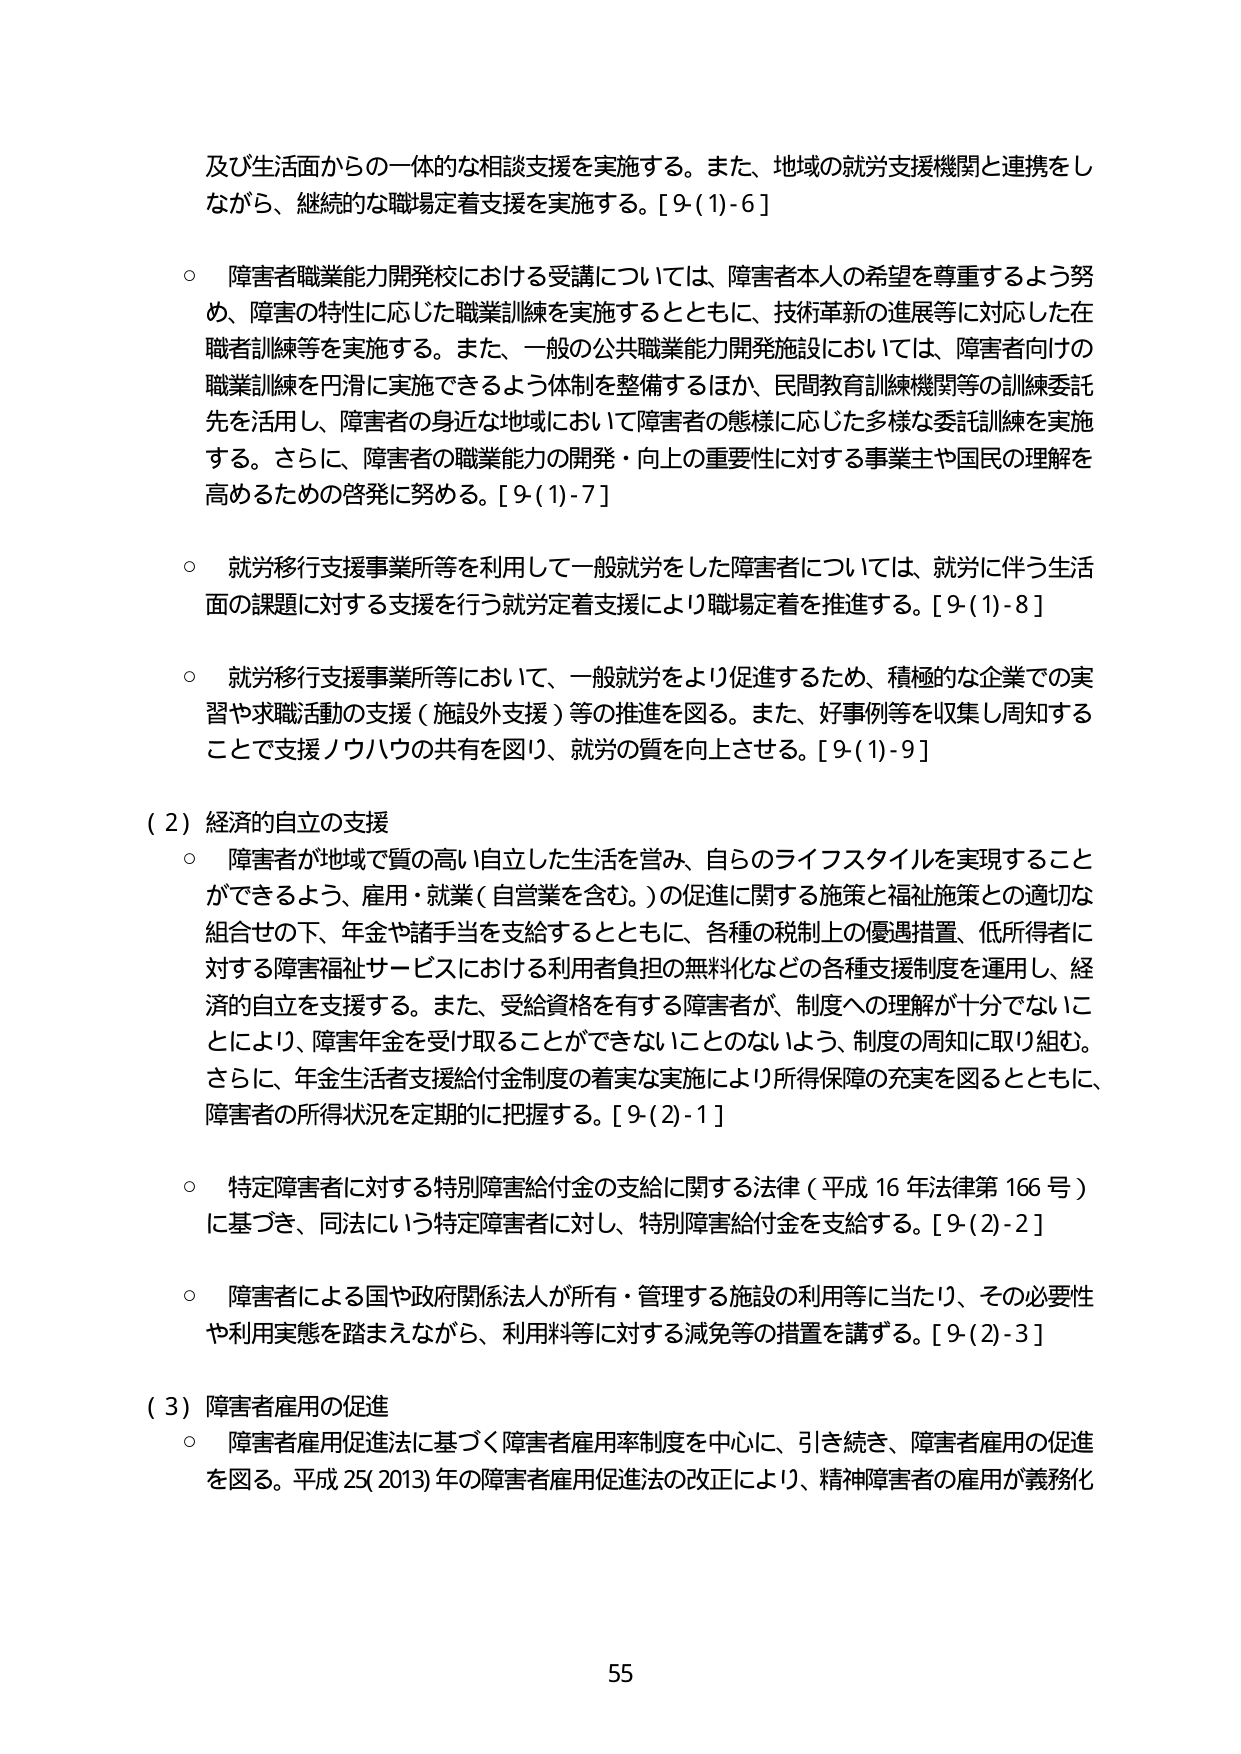
及び生活面からの一体的な相談支援を実施する。また、地域の就労支援機関と連携をしながら、継続的な職場定着支援を実施する。[9-(1)-6]

○ 障害者職業能力開発校における受講については、障害者本人の希望を尊重するよう努め、障害の特性に応じた職業訓練を実施するとともに、技術革新の進展等に対応した在職者訓練等を実施する。また、一般の公共職業能力開発施設においては、障害者向けの職業訓練を円滑に実施できるよう体制を整備するほか、民間教育訓練機関等の訓練委託先を活用し、障害者の身近な地域において障害者の態様に応じた多様な委託訓練を実施する。さらに、障害者の職業能力の開発・向上の重要性に対する事業主や国民の理解を高めるための啓発に努める。[9-(1)-7]

○ 就労移行支援事業所等を利用して一般就労をした障害者については、就労に伴う生活面の課題に対する支援を行う就労定着支援により職場定着を推進する。[9-(1)-8]

○ 就労移行支援事業所等において、一般就労をより促進するため、積極的な企業での実習や求職活動の支援（施設外支援）等の推進を図る。また、好事例等を収集し周知することで支援ノウハウの共有を図り、就労の質を向上させる。[9-(1)-9]

（2）経済的自立の支援

○ 障害者が地域で質の高い自立した生活を営み、自らのライフスタイルを実現することができるよう、雇用・就業（自営業を含む。）の促進に関する施策と福祉施策との適切な組合せの下、年金や諸手当を支給するとともに、各種の税制上の優遇措置、低所得者に対する障害福祉サービスにおける利用者負担の無料化などの各種支援制度を運用し、経済的自立を支援する。また、受給資格を有する障害者が、制度への理解が十分でないことににより、障害年金を受け取ることができないことのないよう、制度の周知に取り組む。さらに、年金生活者支援給付金制度の着実な実施により所得保障の充実を図るとともに、障害者の所得状況を定期的に把握する。[9-(2)-1]

○ 特定障害者に対する特別障害給付金の支給に関する法律（平成16年法律第166号）に基づき、同法という特定障害者に対し、特別障害給付金を支給する。[9-(2)-2]

○ 障害者による国や政府関係法人が所有・管理する施設の利用等に当たり、その必要性や利用実態を踏まえながら、利用料等に対する減免等の措置を講ずる。[9-(2)-3]

（3）障害者雇用の促進

○ 障害者雇用促進法に基づく障害者雇用率制度を中心に、引き続き、障害者雇用の促進を図る。平成25(2013)年の障害者雇用促進法の改正により、精神障害者の雇用が義務化

55